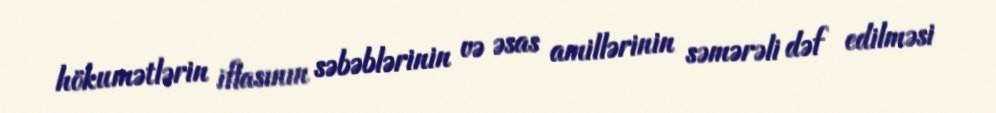
hökumətlərin iflasının səbəblərinin və əsas amillərinin səmərəli dəf edilməsi